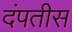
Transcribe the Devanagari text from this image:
दंपतीस